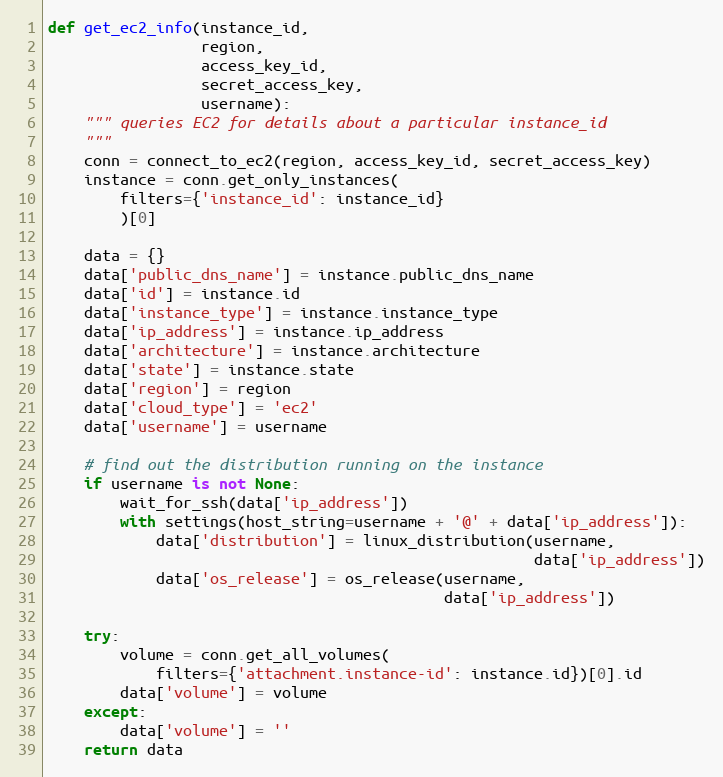
Language: Python
def get_ec2_info(instance_id,
                 region,
                 access_key_id,
                 secret_access_key,
                 username):
    """ queries EC2 for details about a particular instance_id
    """
    conn = connect_to_ec2(region, access_key_id, secret_access_key)
    instance = conn.get_only_instances(
        filters={'instance_id': instance_id}
        )[0]

    data = {}
    data['public_dns_name'] = instance.public_dns_name
    data['id'] = instance.id
    data['instance_type'] = instance.instance_type
    data['ip_address'] = instance.ip_address
    data['architecture'] = instance.architecture
    data['state'] = instance.state
    data['region'] = region
    data['cloud_type'] = 'ec2'
    data['username'] = username

    # find out the distribution running on the instance
    if username is not None:
        wait_for_ssh(data['ip_address'])
        with settings(host_string=username + '@' + data['ip_address']):
            data['distribution'] = linux_distribution(username,
                                                      data['ip_address'])
            data['os_release'] = os_release(username,
                                            data['ip_address'])

    try:
        volume = conn.get_all_volumes(
            filters={'attachment.instance-id': instance.id})[0].id
        data['volume'] = volume
    except:
        data['volume'] = ''
    return data